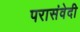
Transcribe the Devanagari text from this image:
परासंवेदी